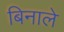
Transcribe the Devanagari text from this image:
बिनाले